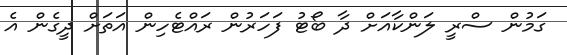
ގަމުން ސްރީ ލަންކާއަށް ދާ ބޯޓު ފަހަރުން ރައްޓެހިން އަތަށް ދީގެން އެ